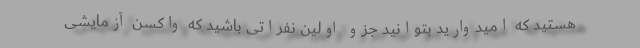
هستید که امیدوارید بتوانید جزو اولین نفراتی باشید که واکسن آزمایشی